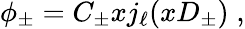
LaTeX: \begin{array}{r}{\phi_{\pm}=C_{\pm}xj_{\ell}(xD_{\pm})\; ,}\end{array}